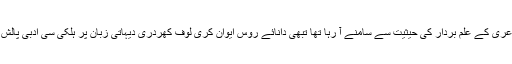
جن دنوں زوکوفکی جدید روسی شاعری کے علم بردار کی حیثیت سے سامنے آ رہا تھا تبھی دانائے روس ایوان کری لوف کھردری دیہاتی زبان پر ہلکی سی ادبی پالش کر کے قصے کہانیاں لکھ رہا تھا۔